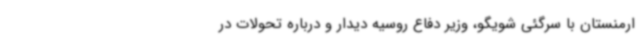
ارمنستان با سرگئی شویگو، وزیر دفاع روسیه دیدار و درباره تحولات در